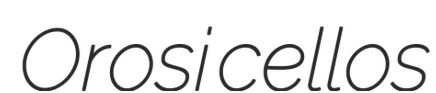
Orosi cellos